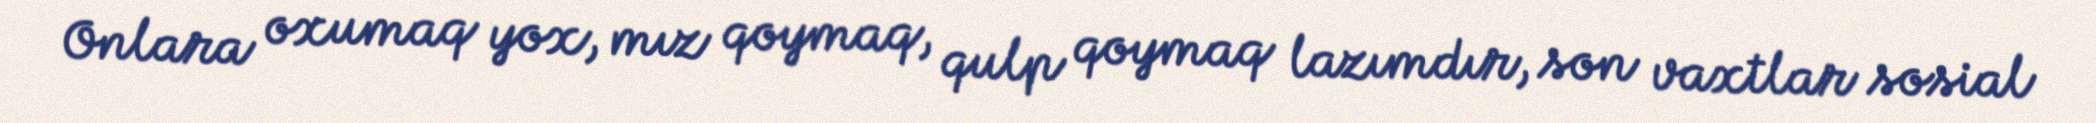
Onlara oxumaq yox, mız qoymaq, qulp qoymaq lazımdır, son vaxtlar sosial